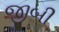
જીબી